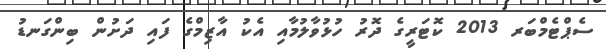
ސެޕްޓެމްބަރ 2013 ކޮޓަރީގެ ދޮރު ހުޅުވާލުމާއި އެކު އާޒިމްގެ ފައި ދަށުން ބިންގަނޑު